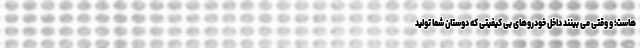
هاست؛ و وقتی می بینند داخل خودروهای بی کیفیتی که دوستان شما تولید